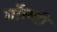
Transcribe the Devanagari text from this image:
गॉल्गी